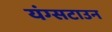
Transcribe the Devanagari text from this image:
यंग्सटाउन